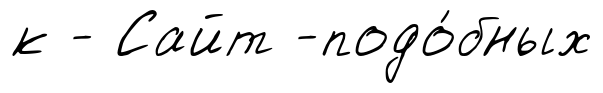
к - Сайт -подо́бных